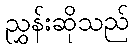
ညွှန်းဆိုသည်